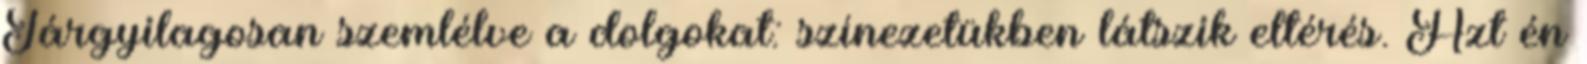
Tárgyilagosan szemlélve a dolgokat: színezetükben látszik eltérés. Azt én